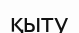
қыту